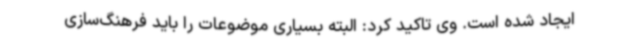
ایجاد شده است. وی تاکید کرد: البته بسیاری موضوعات را باید فرهنگ‌سازی